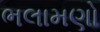
ભલામણો